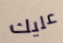
عليك